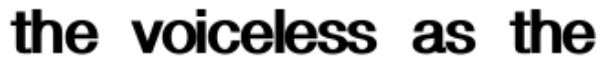
the voiceless as the